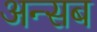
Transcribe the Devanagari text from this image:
अन्सब